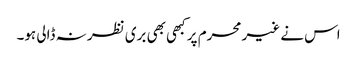
اس نے غیر محرم پر کبھی بھی بری نظر نہ ڈالی ہو۔